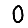
Digit: 0